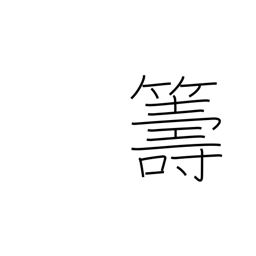
Meaning: plan